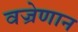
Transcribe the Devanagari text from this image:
वज्रेणान